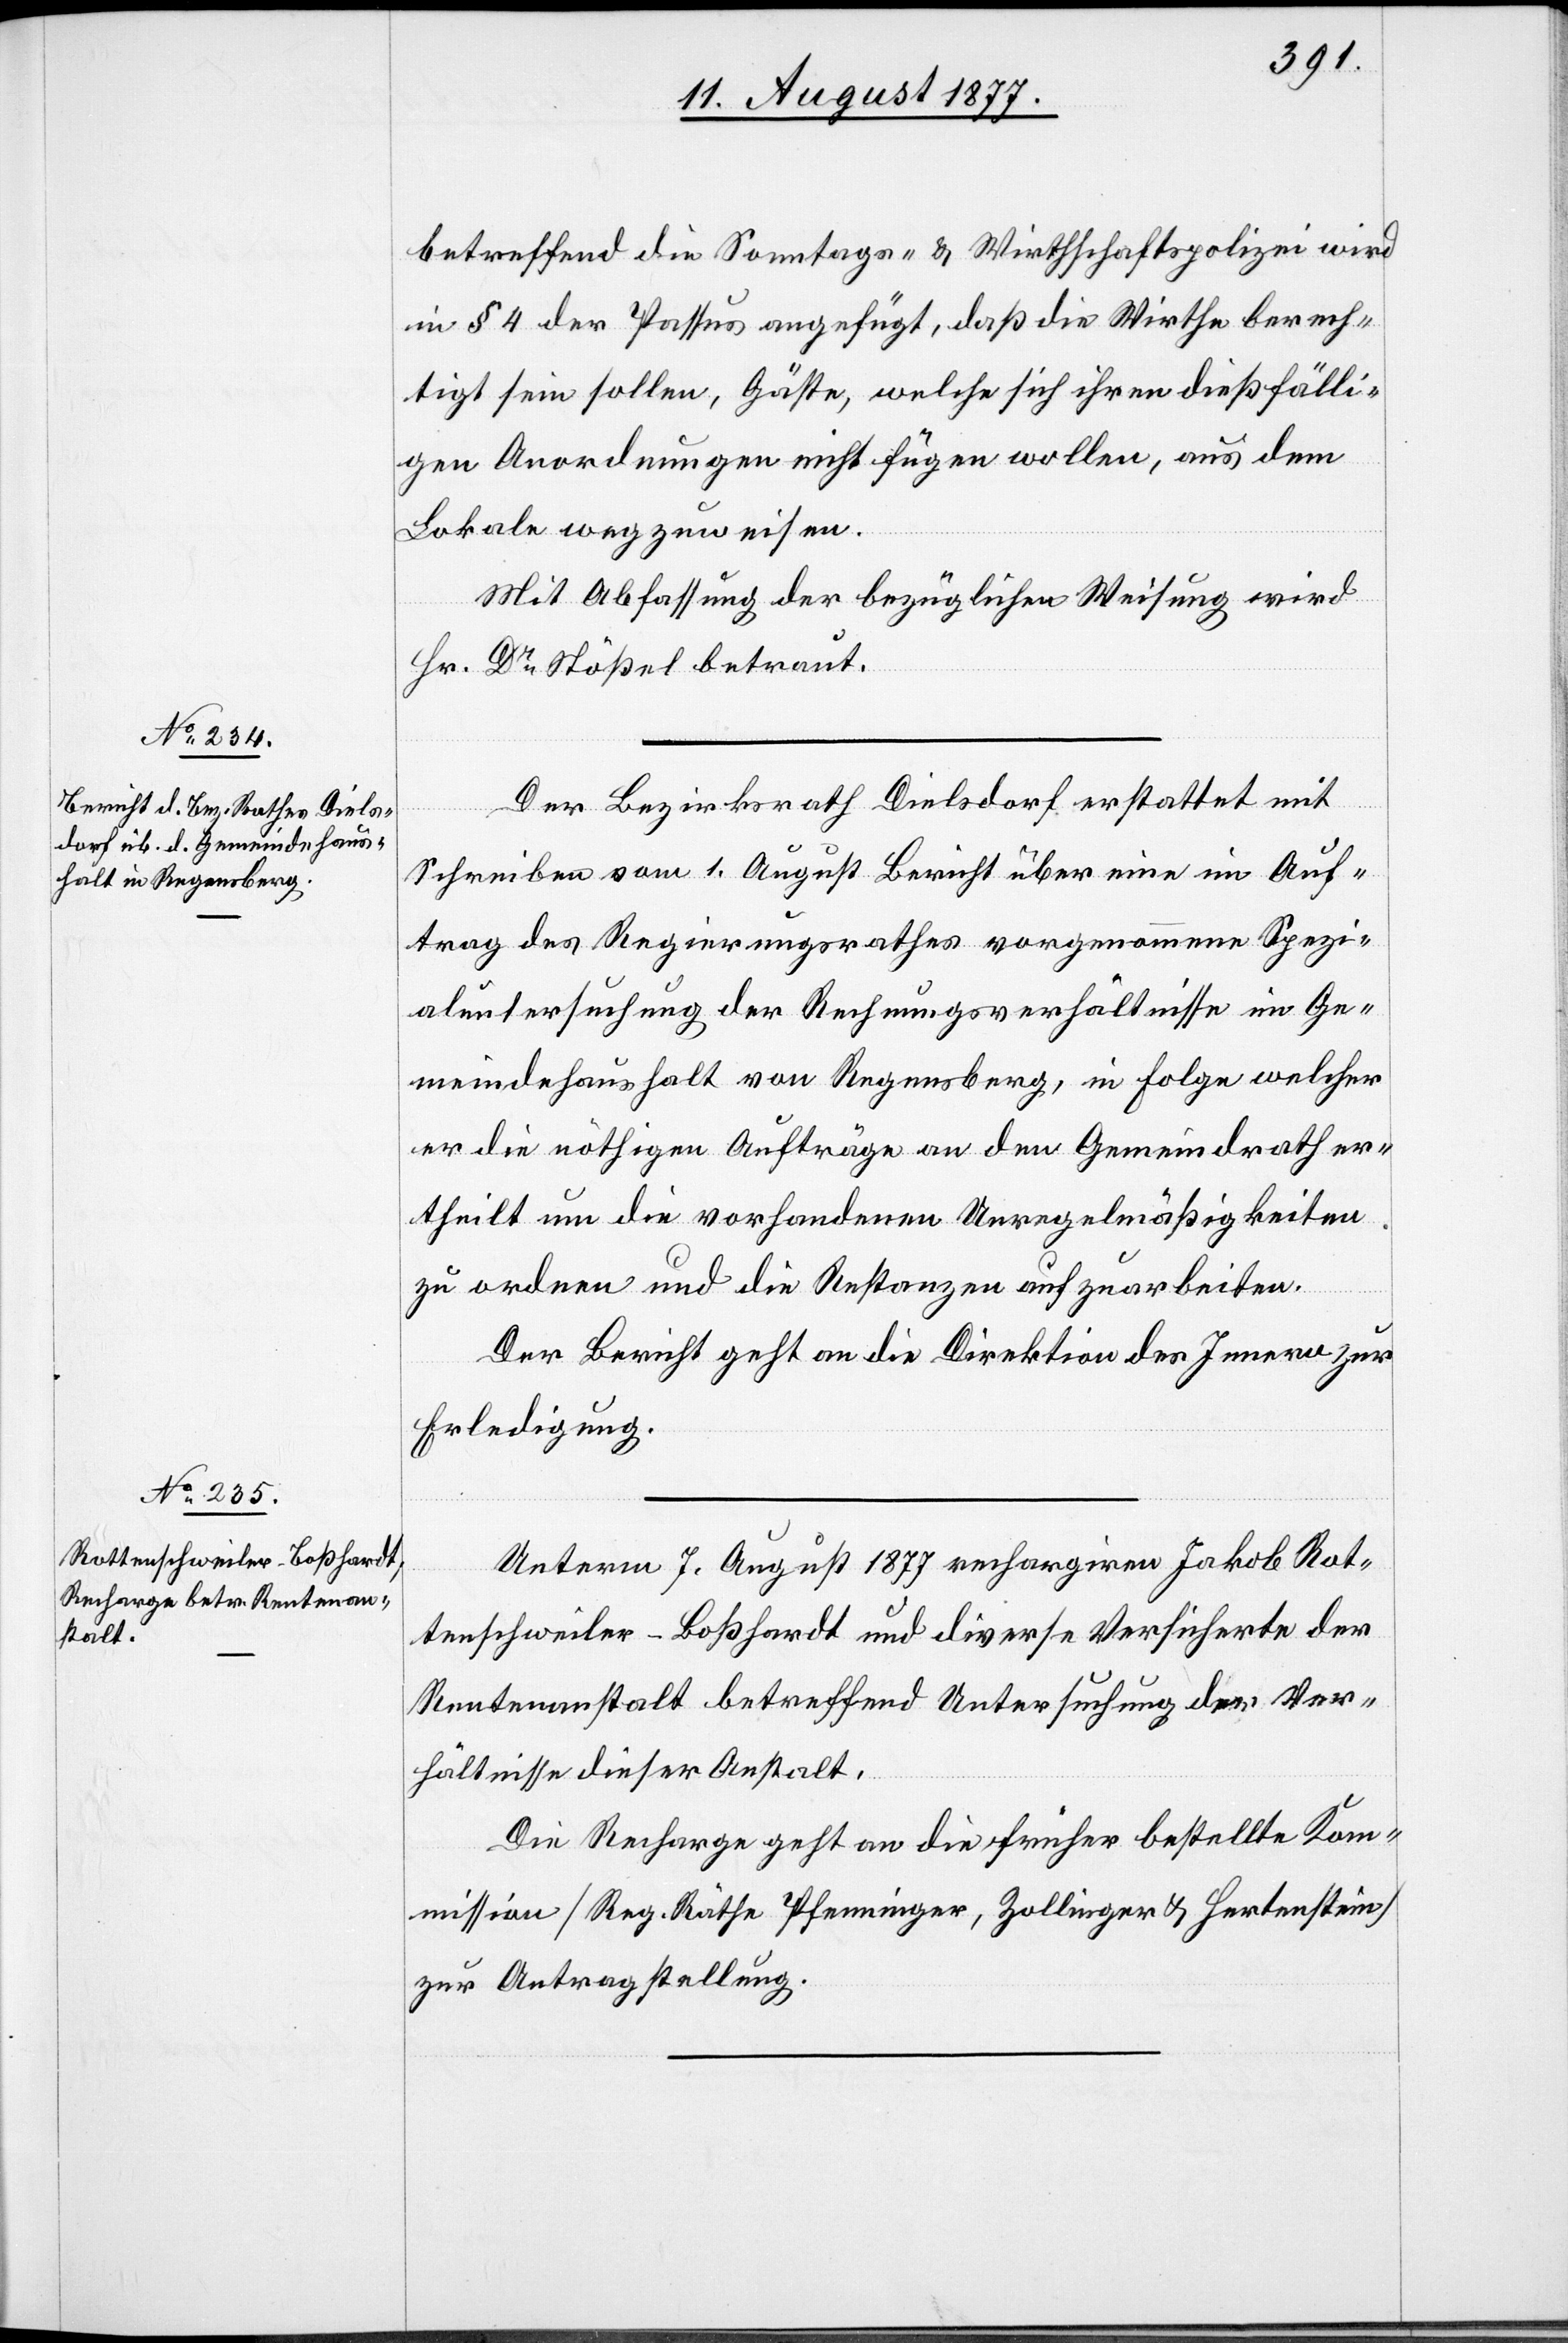
betreffend die Sonntags- & Wirthschaftspolizei wird
in § 4 der Passus angefügt, daß die Wirthe berech¬
tigt sein sollen, Gäste, welche sich ihren dießfälli¬
gen Anordnungen nicht fügen wollen, aus dem
Lokale wegzuweisen.
Mit Abfassung der bezüglichen Weisung wird
Hr. Dr Stößel betraut.
Der Bezirksrath Dielsdorf erstattet mit
Schreiben vom 1. August Bericht über eine im Auf¬
trag des Regierungsrathes vorgenommene Spezi¬
aluntersuchung der Rechnungsverhältnisse im Ge¬
meindehaushalt von Regensberg, in Folge welcher
er die nöthigen Aufträge an den Gemeindrath er¬
theilt um die vorhandenen Unregelmäßigkeiten
zu ordnen und die Restanzen aufzuarbeiten.
Der Bericht geht an die Direktion des Innern zur
Erledigung.
Unterm 7. August 1877 rechargiren Jakob Rot¬
tenschweiler-Boßhardt und diverse Versicherte der
Rentenanstalt betreffend Untersuchung der Ver¬
hältnisse dieser Anstalt.
Die Recharge geht an die früher bestellte Kom¬
mission [Reg. Räthe Pfenninger, Zollinger & Hertenstein]
zur Antragstellung.